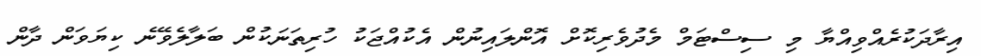
އިރާދަކުރެއްވިއްޔާ މި ސިސްޓަމް މެދުވެރިކޮށް އޮންލައިނުން އެކުއްޖަކު ހުރިތަނަކުން ބަލާލެވޭނެ ކިޔަވަން ދާން